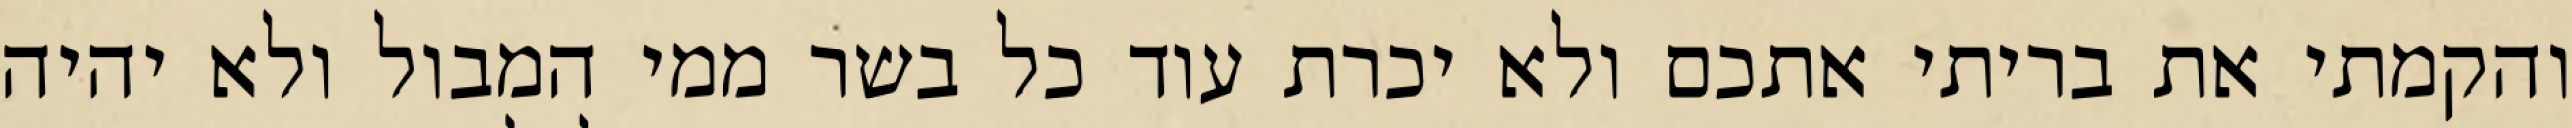
והקמתי את בריתי אתכם ולא יכרת עוד כל בשר ממי המבול ולא יהיה